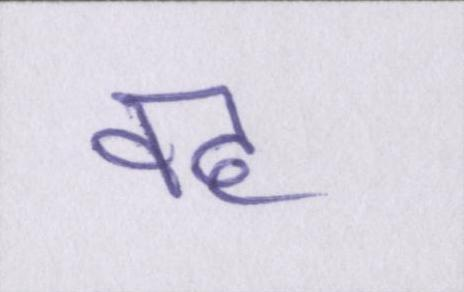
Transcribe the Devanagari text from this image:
वह